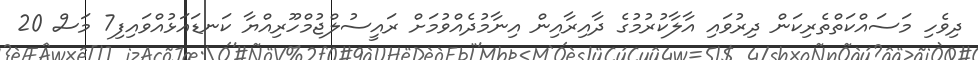
ދިވެހި މަސައްކަތްތެރިކަން ދިރުވައި އާލާކުރުމުގެ ދާއިރާއިން އިނާމުދެއްވުމަށް ރައީސުލްޖުމްހޫރިއްޔާ ކަނޑައަޅުއްވައިފި7 މަސް 20